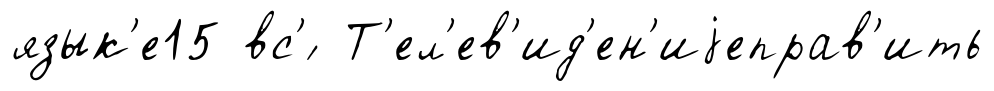
язык'е15 вс'́ Т'ел'ев'ид'ен'иjеправ'ить